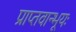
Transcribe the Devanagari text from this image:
प्राप्तवान्भूयः